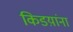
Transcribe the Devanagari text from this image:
किडय़ांना